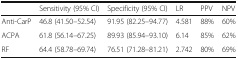
<table><thead><tr><td></td><td><b>Sensitivity (95% CI)</b></td><td><b>Specificity (95% CI)</b></td><td><b>LR</b></td><td><b>PPV</b></td><td><b>NPV</b></td></tr></thead><tbody><tr><td>Anti-CarP</td><td>46.8 (41.50–52.54)</td><td>91.95 (82.25–94.77)</td><td>4.581</td><td>88%</td><td>60%</td></tr><tr><td>ACPA</td><td>61.8 (56.14–67.25)</td><td>89.93 (85.94–93.10)</td><td>6.14</td><td>85%</td><td>62%</td></tr><tr><td>RF</td><td>64.4 (58.78–69.74)</td><td>76.51 (71.28–81.21)</td><td>2.742</td><td>80%</td><td>69%</td></tr></tbody></table>